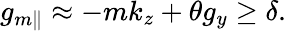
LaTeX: g_{m\parallel}\approx-mk_{z}+\theta g_{y}\geq\delta.